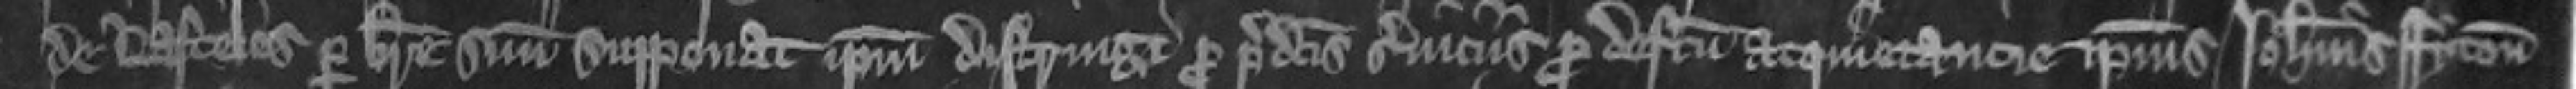
de Lasceles per breve suum supponat ipsum distringi pro predictis serviciis pro defectu acquietancie ipsius Johannis Fyton.